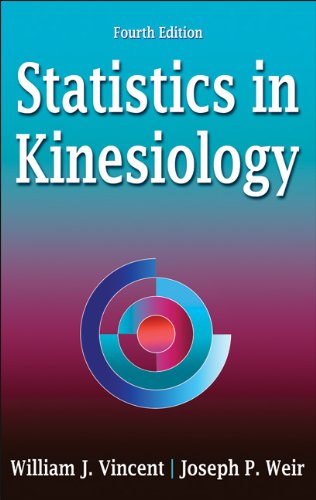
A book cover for Statistics in Kinesiology-4th Edition; William Vincent; Medical Books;